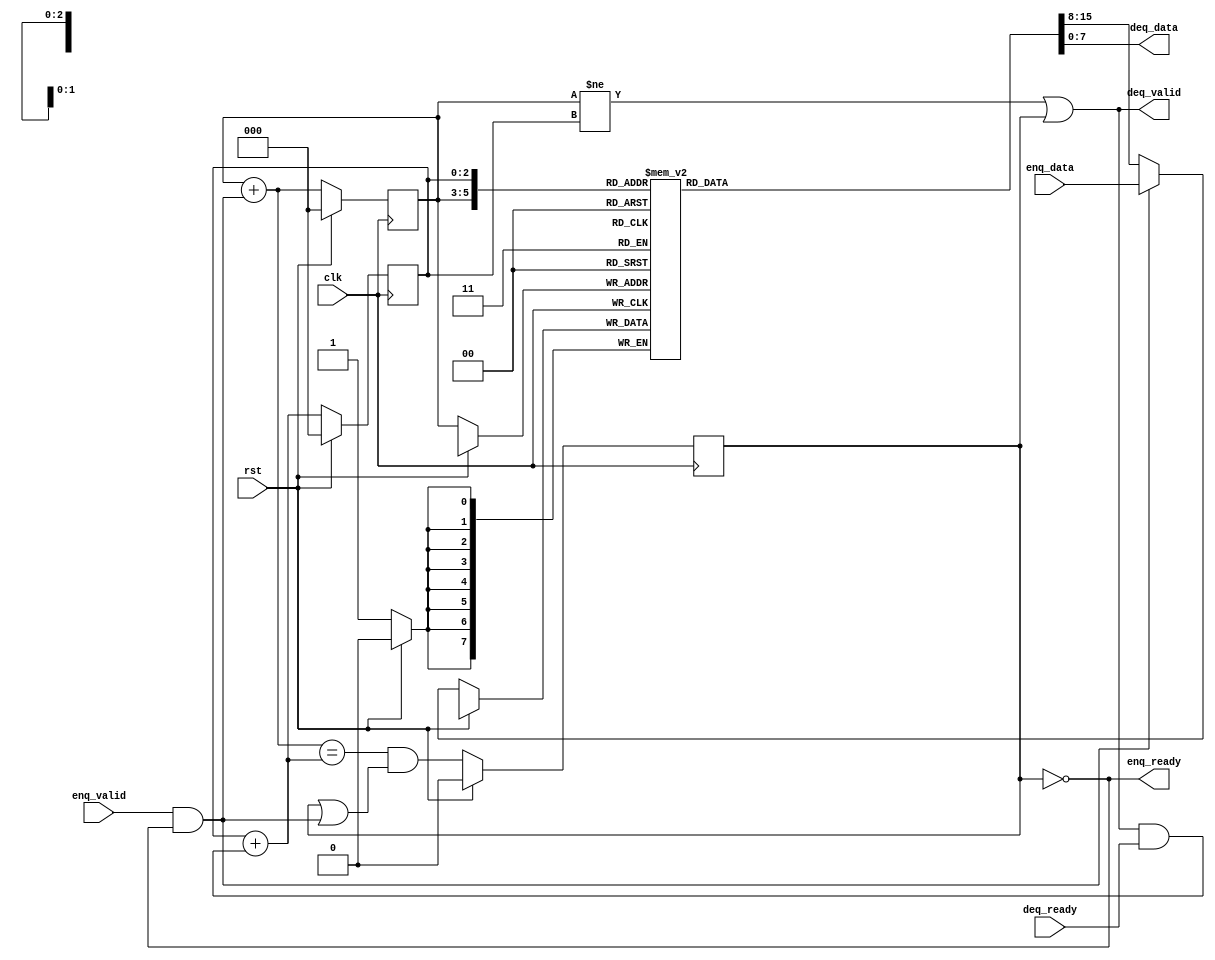
//=========================================================================
// FIFO Template
//-------------------------------------------------------------------------
//

module fifo #(parameter WIDTH = 8, parameter LOGDEPTH = 3) (
    input clk,
    input rst,

    input enq_valid,
    input [WIDTH-1:0] enq_data,
    output enq_ready,

    output deq_valid,
    output [WIDTH-1:0] deq_data,
    input deq_ready

);

localparam DEPTH = (1 << LOGDEPTH);

// the buffer itself. Take note of the 2D syntax.
reg [WIDTH-1:0] buffer [DEPTH-1:0];
// read pointer
reg [LOGDEPTH-1:0] rptr;
// write pointer
reg [LOGDEPTH-1:0] wptr;
// is the buffer full? This is needed for when rptr == wptr
reg full;

// Define any additional regs or wires you need (if any) here
wire [LOGDEPTH-1:0] wptr_next;
wire [LOGDEPTH-1:0] rptr_next;

// use "fire" to indicate when a valid transaction has been made
wire enq_fire;
wire deq_fire;

assign enq_fire = enq_valid & enq_ready;
assign deq_fire = deq_valid & deq_ready;

assign wptr_next = wptr + enq_fire;
assign rptr_next = rptr + deq_fire;

always @(posedge clk) begin
  if (rst) begin
    // clear everything
    full <= 1'b0;
    rptr <= {LOGDEPTH{1'b0}};
    wptr <= {LOGDEPTH{1'b0}};
  end else begin

    // Your code here
    wptr <= wptr_next;
    rptr <= rptr_next;
    buffer[wptr] <= enq_fire ? enq_data : buffer[wptr];
    full <= (wptr_next == rptr_next) & (full | enq_fire);

  end
end

// Additional code here, if needed
assign enq_ready = ~full;
assign deq_valid = (wptr != rptr) | full; // ~empty
assign deq_data = buffer[rptr];

endmodule